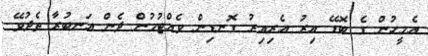
އެމީހުން ގެ ބޮޑޭ އިރު އެރިއިރު ގޮނޑިން ވެއްޓުމުން ދެން އަނބުރާ ތެދުވޭ